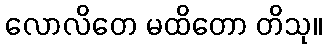
လောလိတေ မထိတော တိသု။